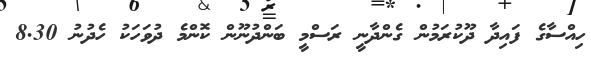
ހިއްސާގެ ފައިދާ ދޫކުރަމުން ގެންދާނީ ރަސްމީ ބަންދުނޫން ކޮންމެ ދުވަހަކު ހެދުނު 8.30